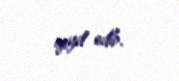
qeyd edib.